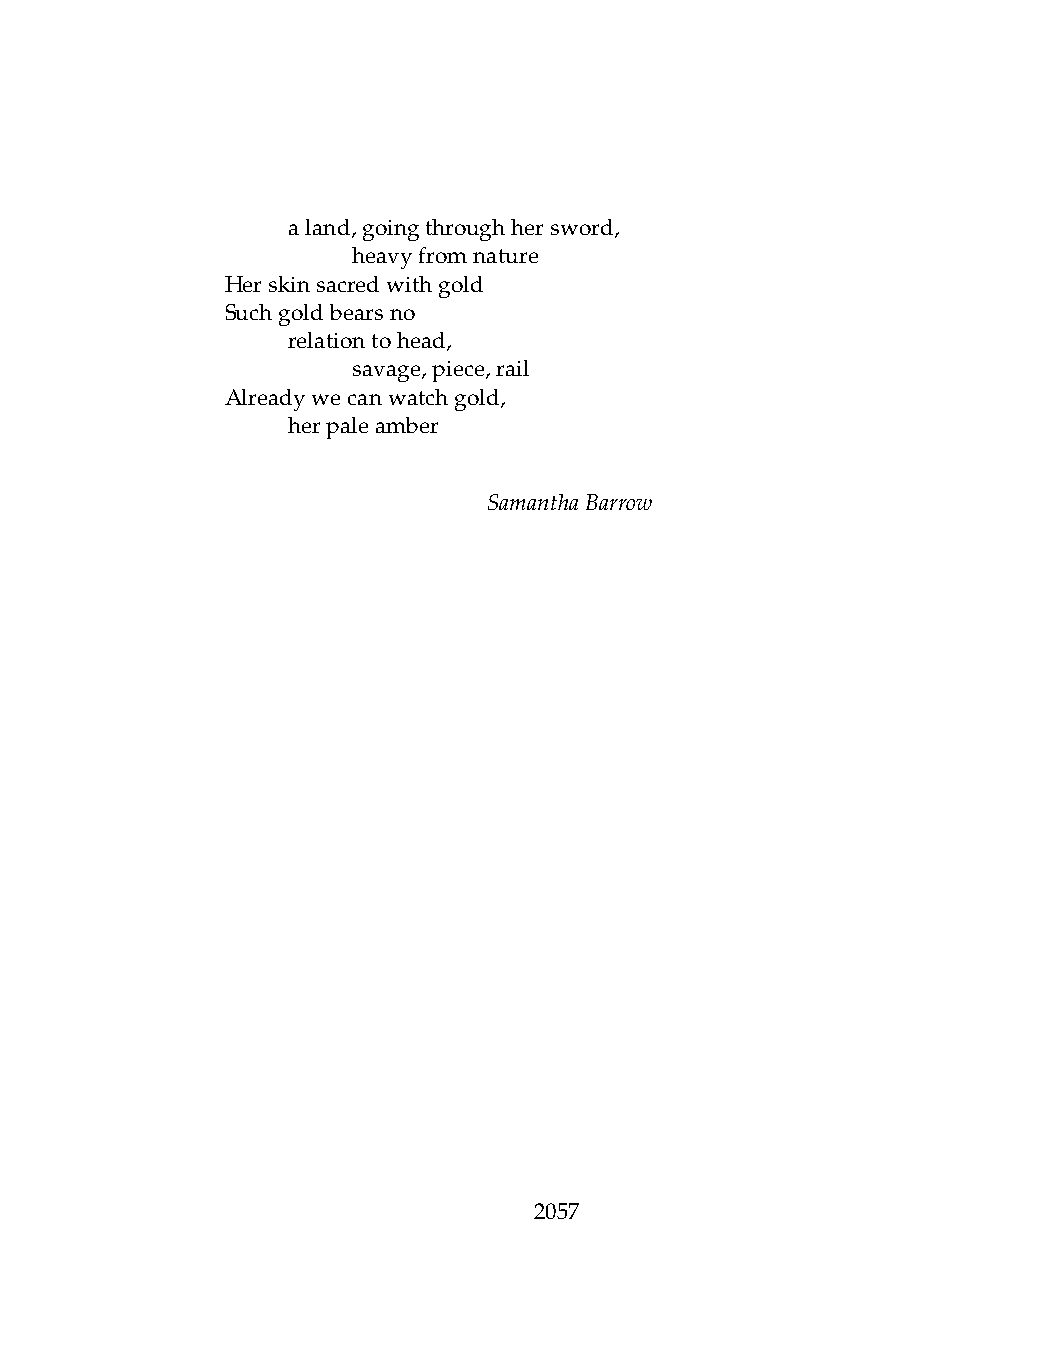
.   aland,goingthroughhersword,
 .   .   heavyfromnature
 Herskinsacredwithgold
 Suchgoldbearsno
 .   relationtohead,
 .   .   savage,piece,rail
 Alreadywecanwatchgold,
 .   herpaleamber
 SamanthaBarrow
 2057